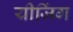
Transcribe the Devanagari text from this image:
यीजिंग